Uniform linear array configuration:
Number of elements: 64
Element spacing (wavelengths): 1
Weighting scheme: exponential
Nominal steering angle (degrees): -60
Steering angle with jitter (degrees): -59.901
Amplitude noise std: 0.05
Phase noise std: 0.05

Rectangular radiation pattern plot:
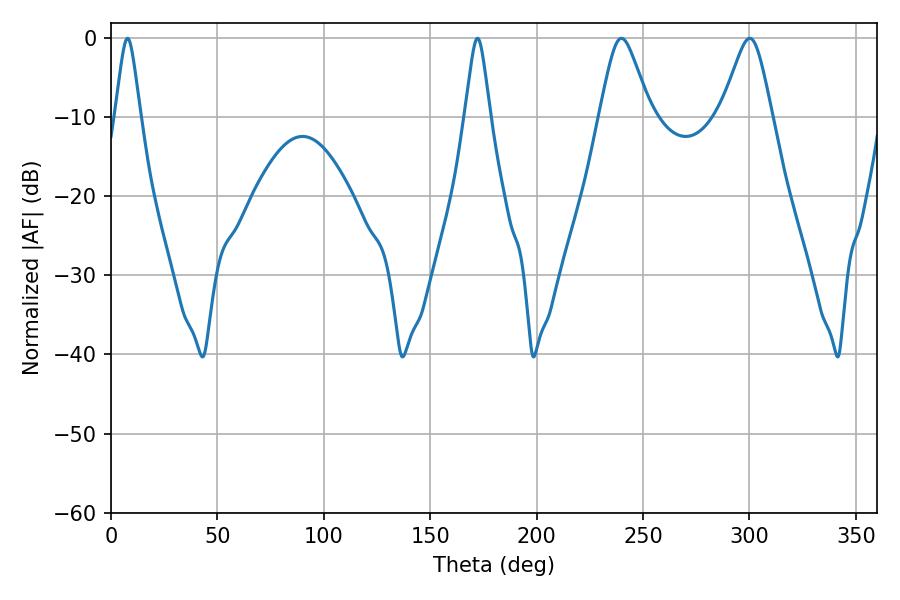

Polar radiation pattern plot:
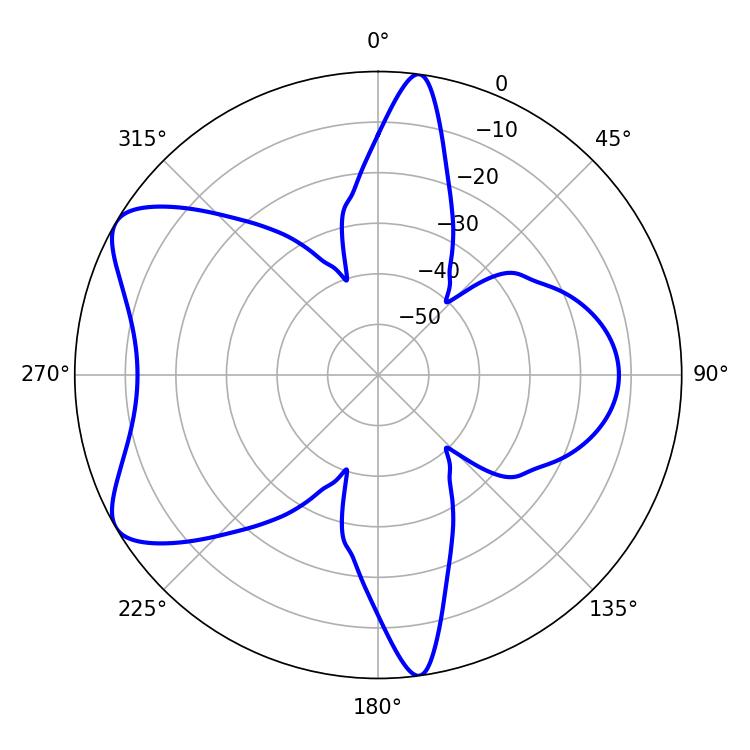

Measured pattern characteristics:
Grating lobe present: TRUE
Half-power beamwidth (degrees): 5.58
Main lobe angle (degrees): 7.74